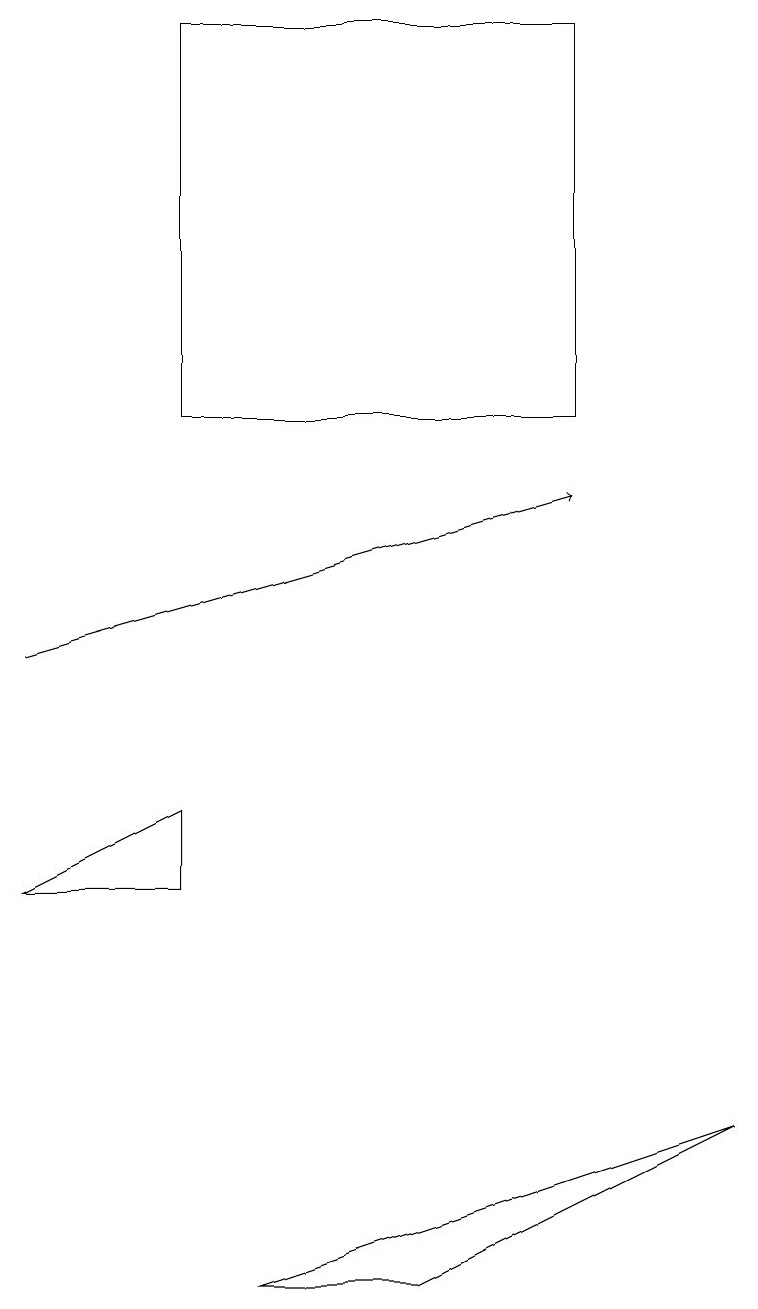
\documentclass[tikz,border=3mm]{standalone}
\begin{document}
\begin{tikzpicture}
\draw (2,8) -- (2,9) -- (0,8) -- cycle;
\draw (5,3) -- (3,3) -- (9,5) -- cycle;
\draw (7,14) rectangle (2,19);
\draw[->] (0,11) -- (7,13);
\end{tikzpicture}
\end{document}